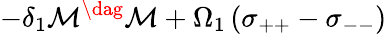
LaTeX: -\delta_{1}\mathcal{M}^{\dag}\mathcal{M}+\Omega_{1}\left(\sigma_{++}-\sigma_{--}\right)